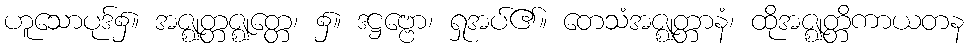
ဟူသောပုဒ်၌။ အဇ္ဈတ္တဇ္ဈတ္တေ၊ ၌။ ဒဋ္ဌဗ္ဗော၊ ရှုအပ်၏။ တေသံအဇ္ဈတ္တာနံ၊ ထိုအဇ္ဈတ္တိကာယတန